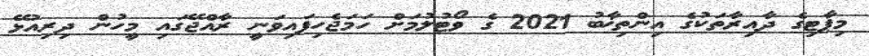
މިޕާޓިގެ ދާއިރާތަކުގެ އިންތިޚާބު 2021 ގެ ވޯޓުލުމަށް ހަމަޖެހިފައިވަނީ ރާއްޖޭގައި މީހުން ދިރިއުޅޭ